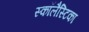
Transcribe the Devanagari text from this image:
स्कॉलैस्टिका